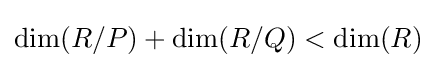
\dim(R/P)+\dim(R/Q)<\dim(R)\